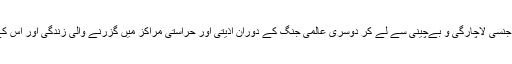
ان موضوعات میں جنسی لاچارگی و بےچینی سے لے کر دوسری عالمی جنگ کے دوران اذیتی اور حراستی مراکز میں گزرنے والی زندگی اور اُس کے اثرات شامل ہیں۔